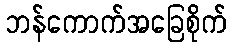
ဘန်ကောက်အခြေစိုက်